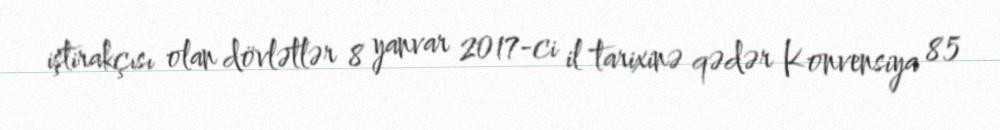
iştirakçısı olan dövlətlər 8 yanvar 2017-ci il tarixinə qədər Konvensiya 85